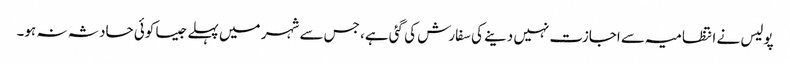
پولیس نے انتظامیہ سے اجازت نہیں دینے کی سفارش کی گئی ہے، جس سے شہر میں پہلے جیسا کوئی حادثہ نہ ہو۔